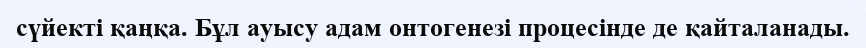
сүйекті қаңқа. Бұл ауысу адам онтогенезі процесінде де қайталанады.